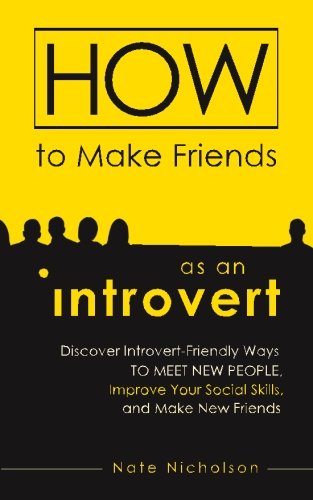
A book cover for How to Make Friends as an Introvert: Discover Introvert-Friendly Ways to Meet New People, Improve Your Social Skills, and Make New Friends; Nate Nicholson; Self-Help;